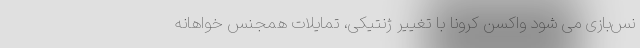
نس‌بازی می شود واکسن کرونا با تغییر ژنتیکی، تمایلات همجنس خواهانه